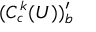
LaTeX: ( C _ { c } ^ { k } ( U ) ) _ { b } ^ { \prime }